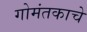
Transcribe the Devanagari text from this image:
गोमंतकाचे